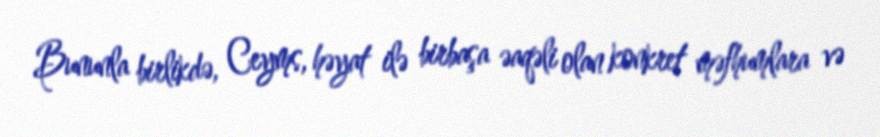
Bununla birlikdə, Ceyms, həyat ilə birbaşa əaqəli olan konkret məfhumlara və